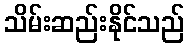
သိမ်းဆည်းနိုင်သည်